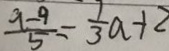
\frac { 9 - 9 } { 5 } = \frac { 1 } { 3 } a - 1 2